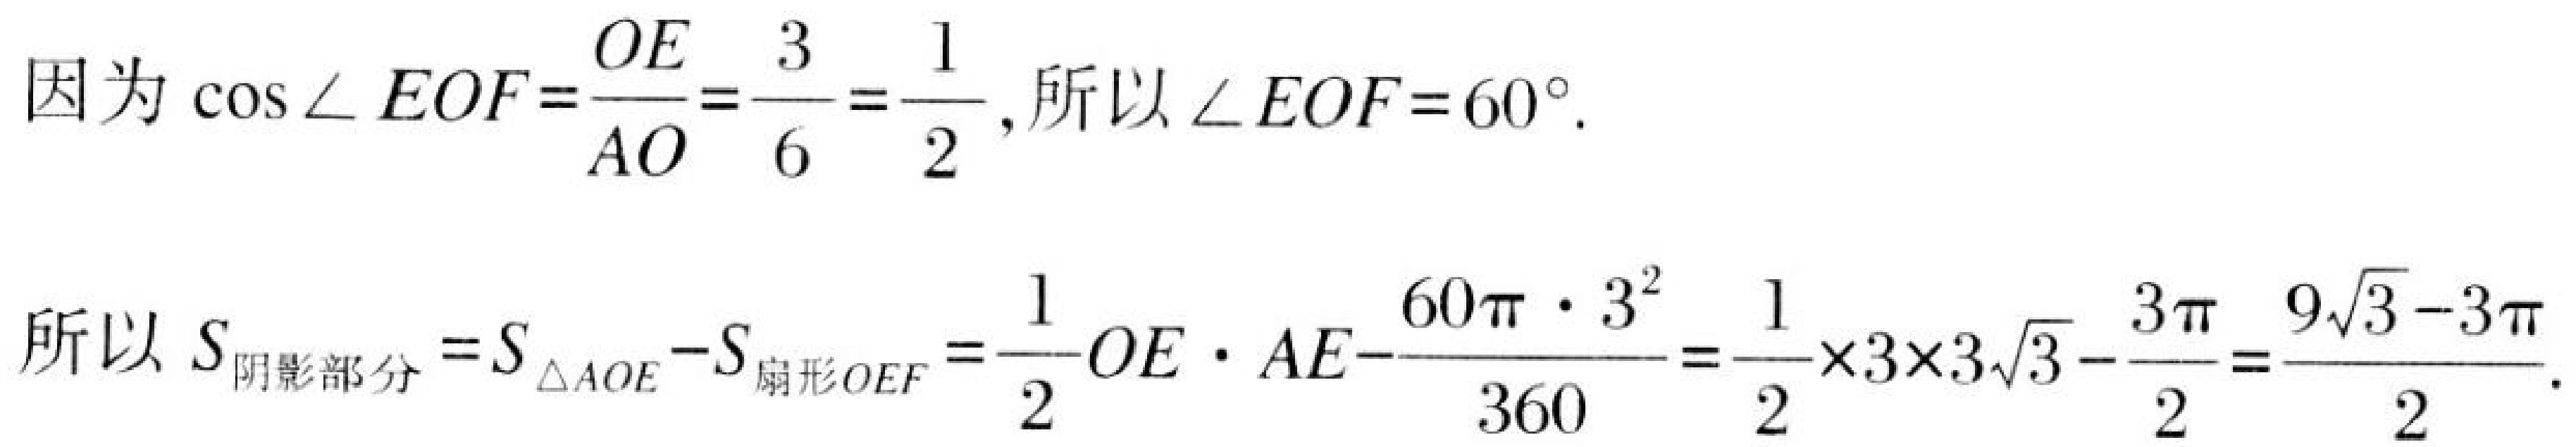
因为\(\cos\angle EOF=\frac{OE}{AO}=\frac{3}{6}=\frac{1}{2}\),所以\(\angle EOF = 60^{\circ}\).

所以\(S_{阴影部分}=S_{\triangle AOE}-S_{扇形OEF}=\frac{1}{2}OE\cdot AE-\frac{60\pi\cdot3^{2}}{360}=\frac{1}{2}\times3\times3\sqrt{3}-\frac{3\pi}{2}=\frac{9\sqrt{3}-3\pi}{2}\).